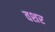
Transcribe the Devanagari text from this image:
वशर